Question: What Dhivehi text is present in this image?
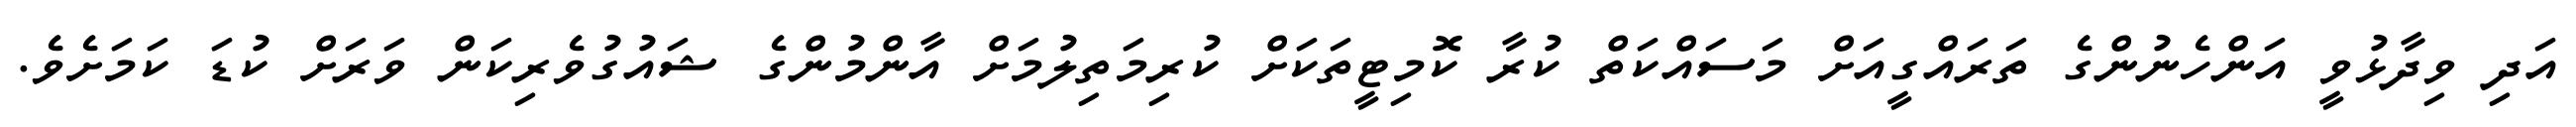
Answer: އަދި ވިދާޅުވީ އަންހެނުންގެ ތަރައްގީއަށް މަސައްކަތް ކުރާ ކޮމިޓީތަކަށް ކުރިމަތިލުމަށް އާންމުންގެ ޝައުގުވެރިކަން ވަރަށް ކުޑަ ކަމަށެވެ.